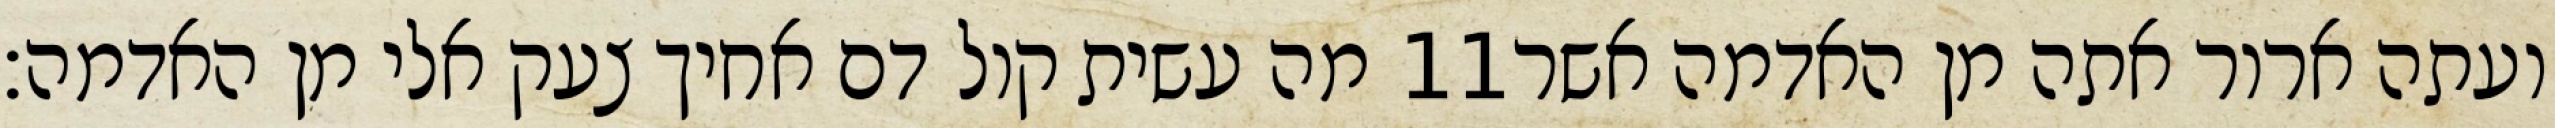
מה עשית קול דם אחיך צעק אלי מן האדמה׃ ‎11‏ ועתה ארור אתה מן האדמה אשר